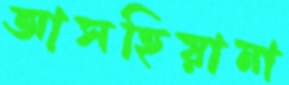
আসহিয়ানা